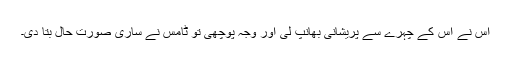
اس نے اس کے چہرے سے پریشانی بھانپ لی اور وجہ پوچھی تو ٹامس نے ساری صورت حال بتا دی۔